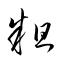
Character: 粗